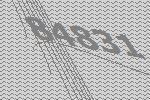
84831